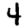
Digit: 4